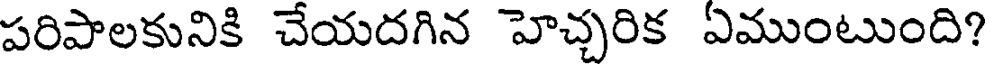
పరిపాలకునికి చేయదగిన హెచ్చరిక ఏముంటుంది?